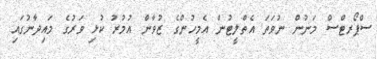
ސްޕޯރޓްސް މަނުން ނުވަތަ އެތްލީޓުން އެމީހުންގެ ޒުވާން އުމުރު ކުޅި ވަރުގެ މައިދާނުގައި